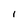
Character: 1